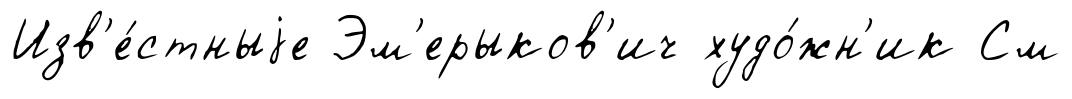
Изв'е́стныjе Эм'ерыков'ич худо́жн'ик См